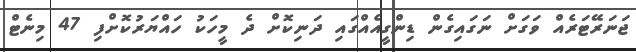
ޖަނަރޭޓަރެއް ވަގަށް ނަގައިގެން ޑިންގީއެއްގައި ދަނިކޮށް ދެ މީހަކު ހައްޔަރުކޮށްފި 47 މިނެޓް